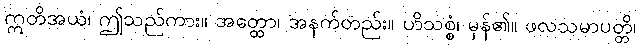
ဣတိအယံ၊ ဤသည်ကား။ အတ္ထော၊ အနက်တည်း။ ဟိသစ္စံ၊ မှန်၏။ ဖလသမာပတ္တိ၊